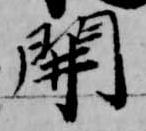
開